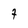
Character: 7